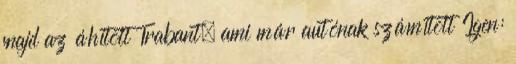
majd az áhított Trabant, ami már autónak számított Igen: